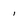
Character: i